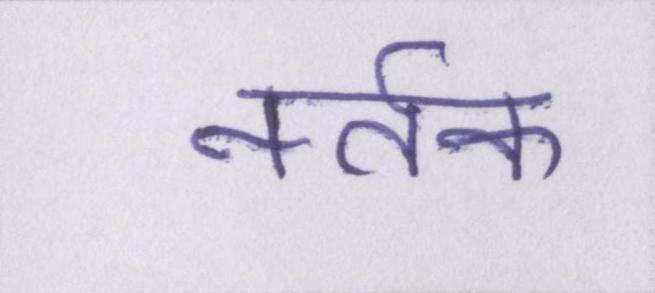
नर्तक